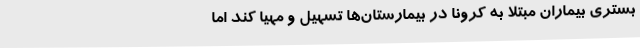
بستری بیماران مبتلا به کرونا در بیمارستان‌ها تسهیل و مهیا کند اما